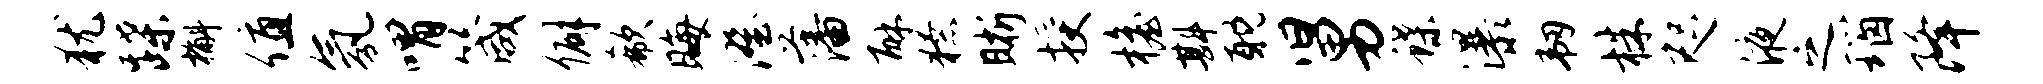
犹蹀槲值氛喟箴僻欷晦澄藩酥獠晰授檐斟耽舅蝶瀑韧株咫液之瑙降